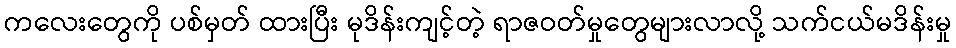
ကလေးတွေကို ပစ်မှတ် ထားပြီး မုဒိန်းကျင့်တဲ့ ရာဇဝတ်မှုတွေများလာလို့ သက်ငယ်မဒိန်းမှု